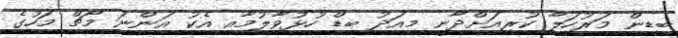
ބިޑިން މަރުހަލާ ކުރިއަށްދާނީ މިއަދު ބިޑް ހުޅުވާލުމާއި އެކު އަންނަ މާޗް މަހުގެ